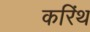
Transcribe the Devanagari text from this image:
करिंथ